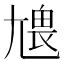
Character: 𡯹